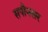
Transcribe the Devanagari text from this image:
सपौनसर